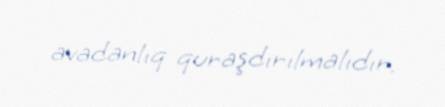
avadanlıq quraşdırılmalıdır.